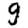
Digit: 9